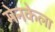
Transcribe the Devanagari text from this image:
मेनकेला